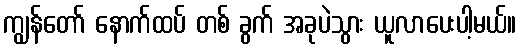
ကျွန်တော် နောက်ထပ် တစ် ခွက် အခုပဲသွား ယူလာပေးပါ့မယ်။